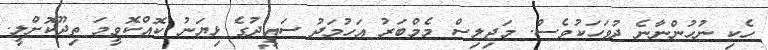
ހެކި ނުހުންނާނެ ދުވަހަކުވެސް. މަޖިލިސް މެމްބަރު އަހުމަދު ސައީދުގެ ޅިޔަަނު ކޮއްކޮވީމަ ތިދޫކޮށްލީ.